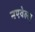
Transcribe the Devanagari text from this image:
नएवेल्ल्